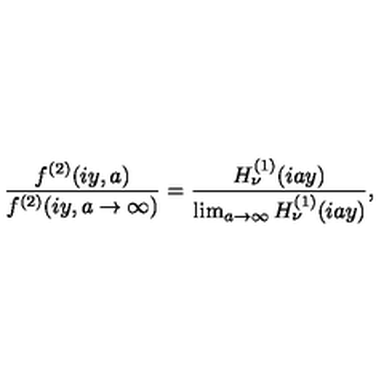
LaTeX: \frac { f ^ { ( 2 ) } ( i y , a ) } { f ^ { ( 2 ) } ( i y , a \to \infty ) } = \frac { H _ { \nu } ^ { ( 1 ) } ( i a y ) } { \lim _ { a \to \infty } H _ { \nu } ^ { ( 1 ) } ( i a y ) } ,